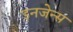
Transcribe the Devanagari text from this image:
इनजेन्स